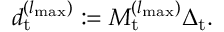
\begin{array} { r } { d _ { \mathrm { t } } ^ { ( { l _ { { \mathrm { m a x } } } } ) } : = M _ { \mathrm { t } } ^ { ( { l _ { { \mathrm { m a x } } } } ) } \Delta _ { \mathrm { t } } . } \end{array}